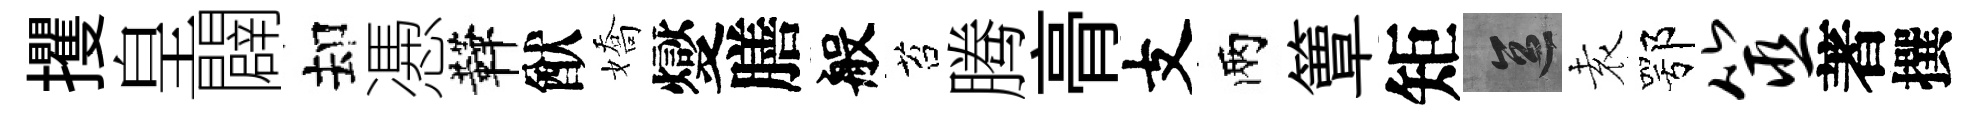
攫皇闢却慿鞾猷嬌燮膳般苔腾𮌔支兩簟矩區𡊮鄂筮著撰